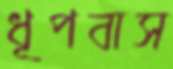
ধূপবাস